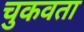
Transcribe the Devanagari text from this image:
चुकवता